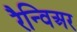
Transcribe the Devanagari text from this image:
रैन्विअर